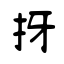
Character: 㧎